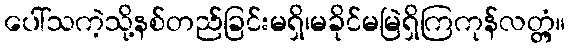
ပေါ်သကဲ့သို့နစ်တည်ခြင်းမရှိ၊မခိုင်မမြဲရှိကြကုန်လတ္တံ့။